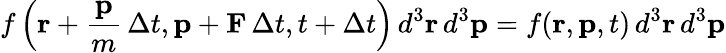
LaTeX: f\left(\mathbf{r}+{\frac{\mathbf{p}}{m}}\, \Delta t,\mathbf{p}+\mathbf{F}\, \Delta t,t+\Delta t\right)\, d^{3}\mathbf{r}\, d^{3}\mathbf{p}=f(\mathbf{r},\mathbf{p},t)\, d^{3}\mathbf{r}\, d^{3}\mathbf{p}